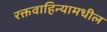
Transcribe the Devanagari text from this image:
रक्तवाहिन्यामधील